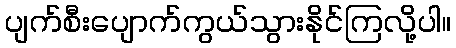
ပျက်စီးပျောက်ကွယ်သွားနိုင်ကြလို့ပါ။